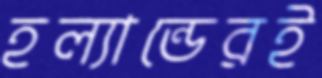
হল্যান্ডেরই